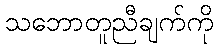
သဘောတူညီချက်ကို